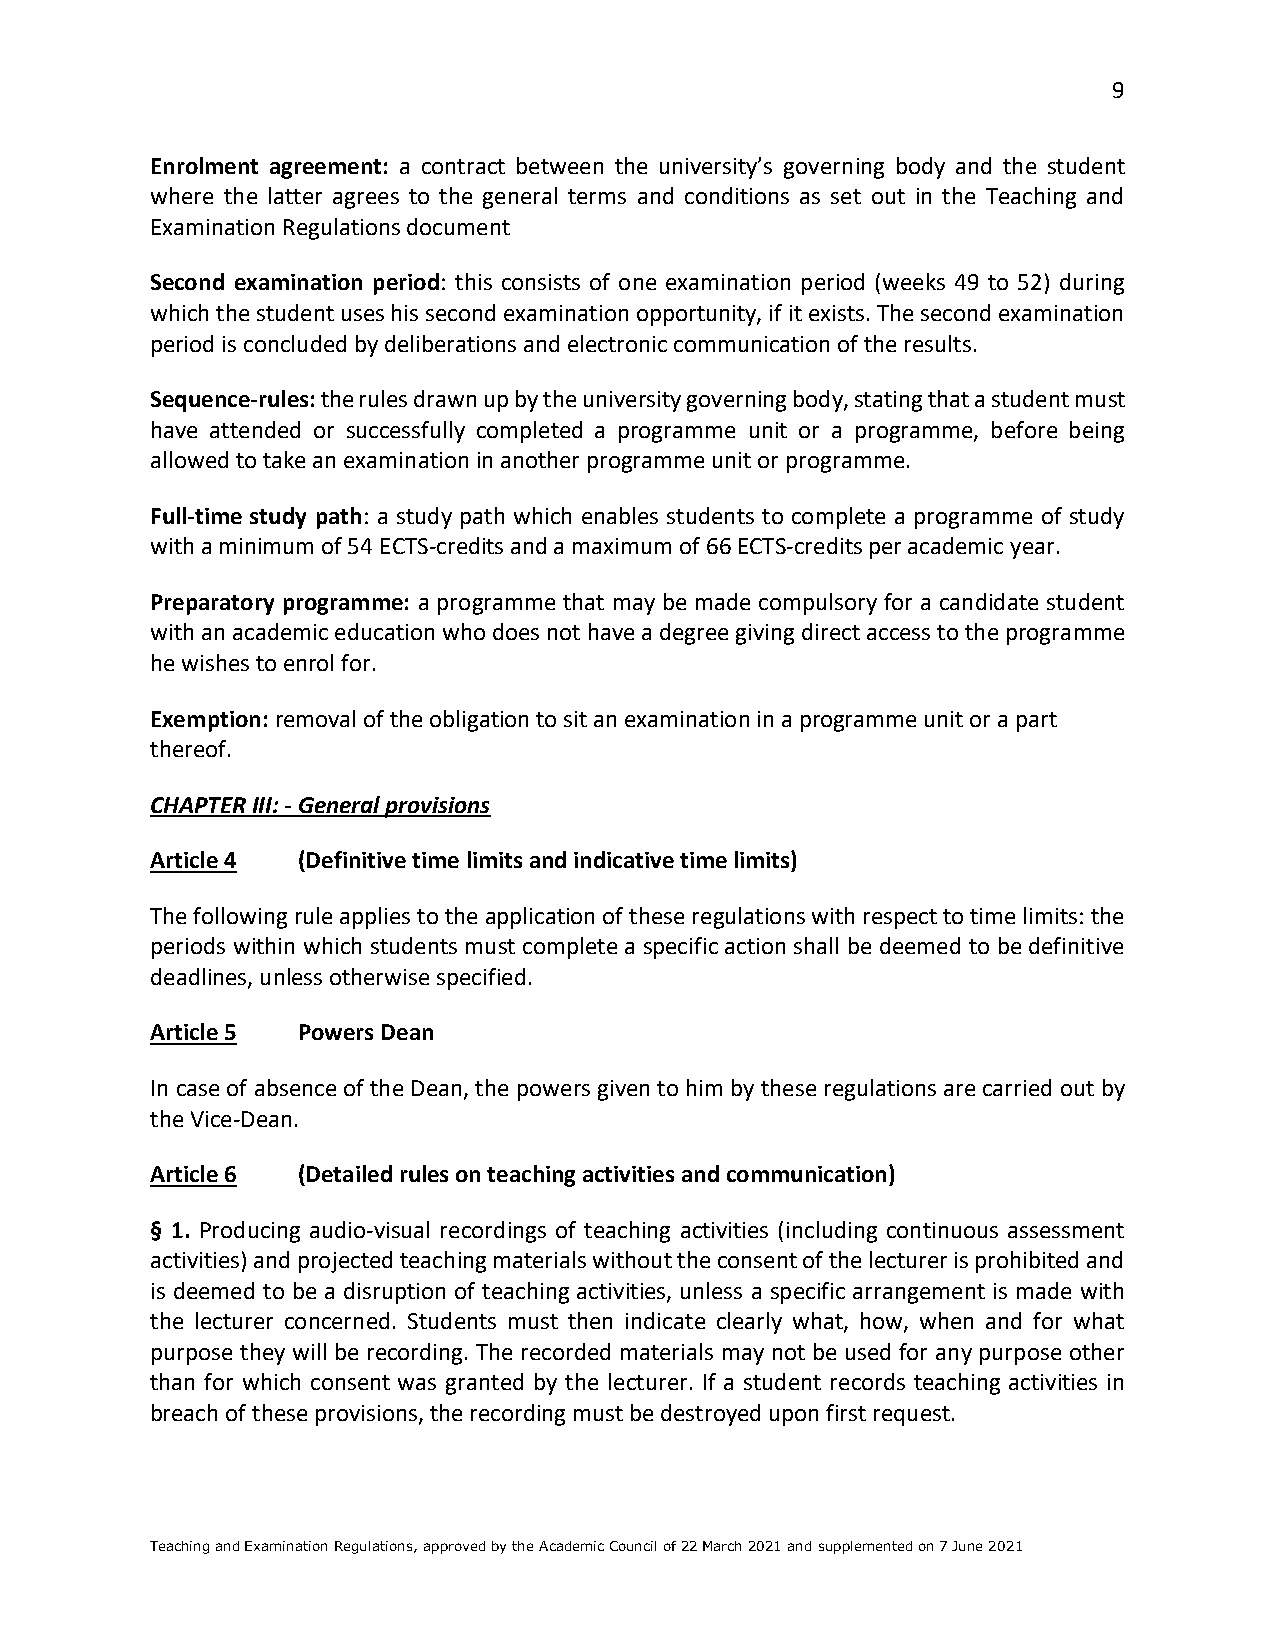
9
 Enrolment agreement: a contract between the university’s governing body and the student
 where the latter agrees to the general terms and conditions as set out in the Teaching and
 Examination Regulations document
 Second examination period: this consists of one examination period (weeks 49 to 52) during
 which the student uses his second examination opportunity, if it exists. The second examination
 period is concluded by deliberations and electronic communication of the results.
 Sequence-rules: the rules drawn up by the university governing body, stating that a student must
 have attended or successfully completed a programme unit or a programme, before being
 allowed to take an examination in another programme unit or programme.
 Full-time study path: a study path which enables students to complete a programme of study
 with a minimum of 54 ECTS-credits and a maximum of 66 ECTS-credits per academic year.
 Preparatory programme: a programme that may be made compulsory for a candidate student
 with an academic education who does not have a degree giving direct access to the programme
 he wishes to enrol for.
 Exemption: removal of the obligation to sit an examination in a programme unit or a part
 thereof.
 CHAPTER III: - General provisions
 Article 4 (Definitive time limits and indicative time limits)
 The following rule applies to the application of these regulations with respect to time limits: the
 periods within which students must complete a specific action shall be deemed to be definitive
 deadlines, unless otherwise specified.
 Article 5 Powers Dean
 In case of absence of the Dean, the powers given to him by these regulations are carried out by
 the Vice-Dean.
 Article 6 (Detailed rules on teaching activities and communication)
 § 1. Producing audio-visual recordings of teaching activities (including continuous assessment
 activities) and projected teaching materials without the consent of the lecturer is prohibited and
 is deemed to be a disruption of teaching activities, unless a specific arrangement is made with
 the lecturer concerned. Students must then indicate clearly what, how, when and for what
 purpose they will be recording. The recorded materials may not be used for any purpose other
 than for which consent was granted by the lecturer. If a student records teaching activities in
 breach of these provisions, the recording must be destroyed upon first request.
 Teaching and Examination Regulations, approved by the Academic Council of 22 March 2021 and supplemented on 7 June 2021